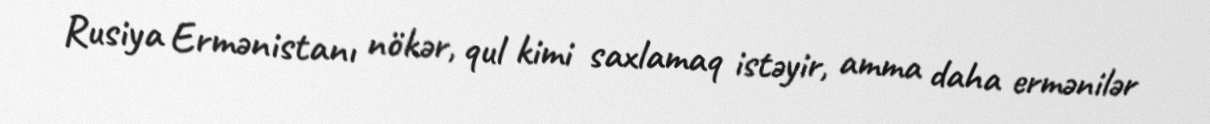
Rusiya Ermənistanı nökər, qul kimi saxlamaq istəyir, amma daha ermənilər